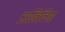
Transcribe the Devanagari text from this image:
अखिलिस